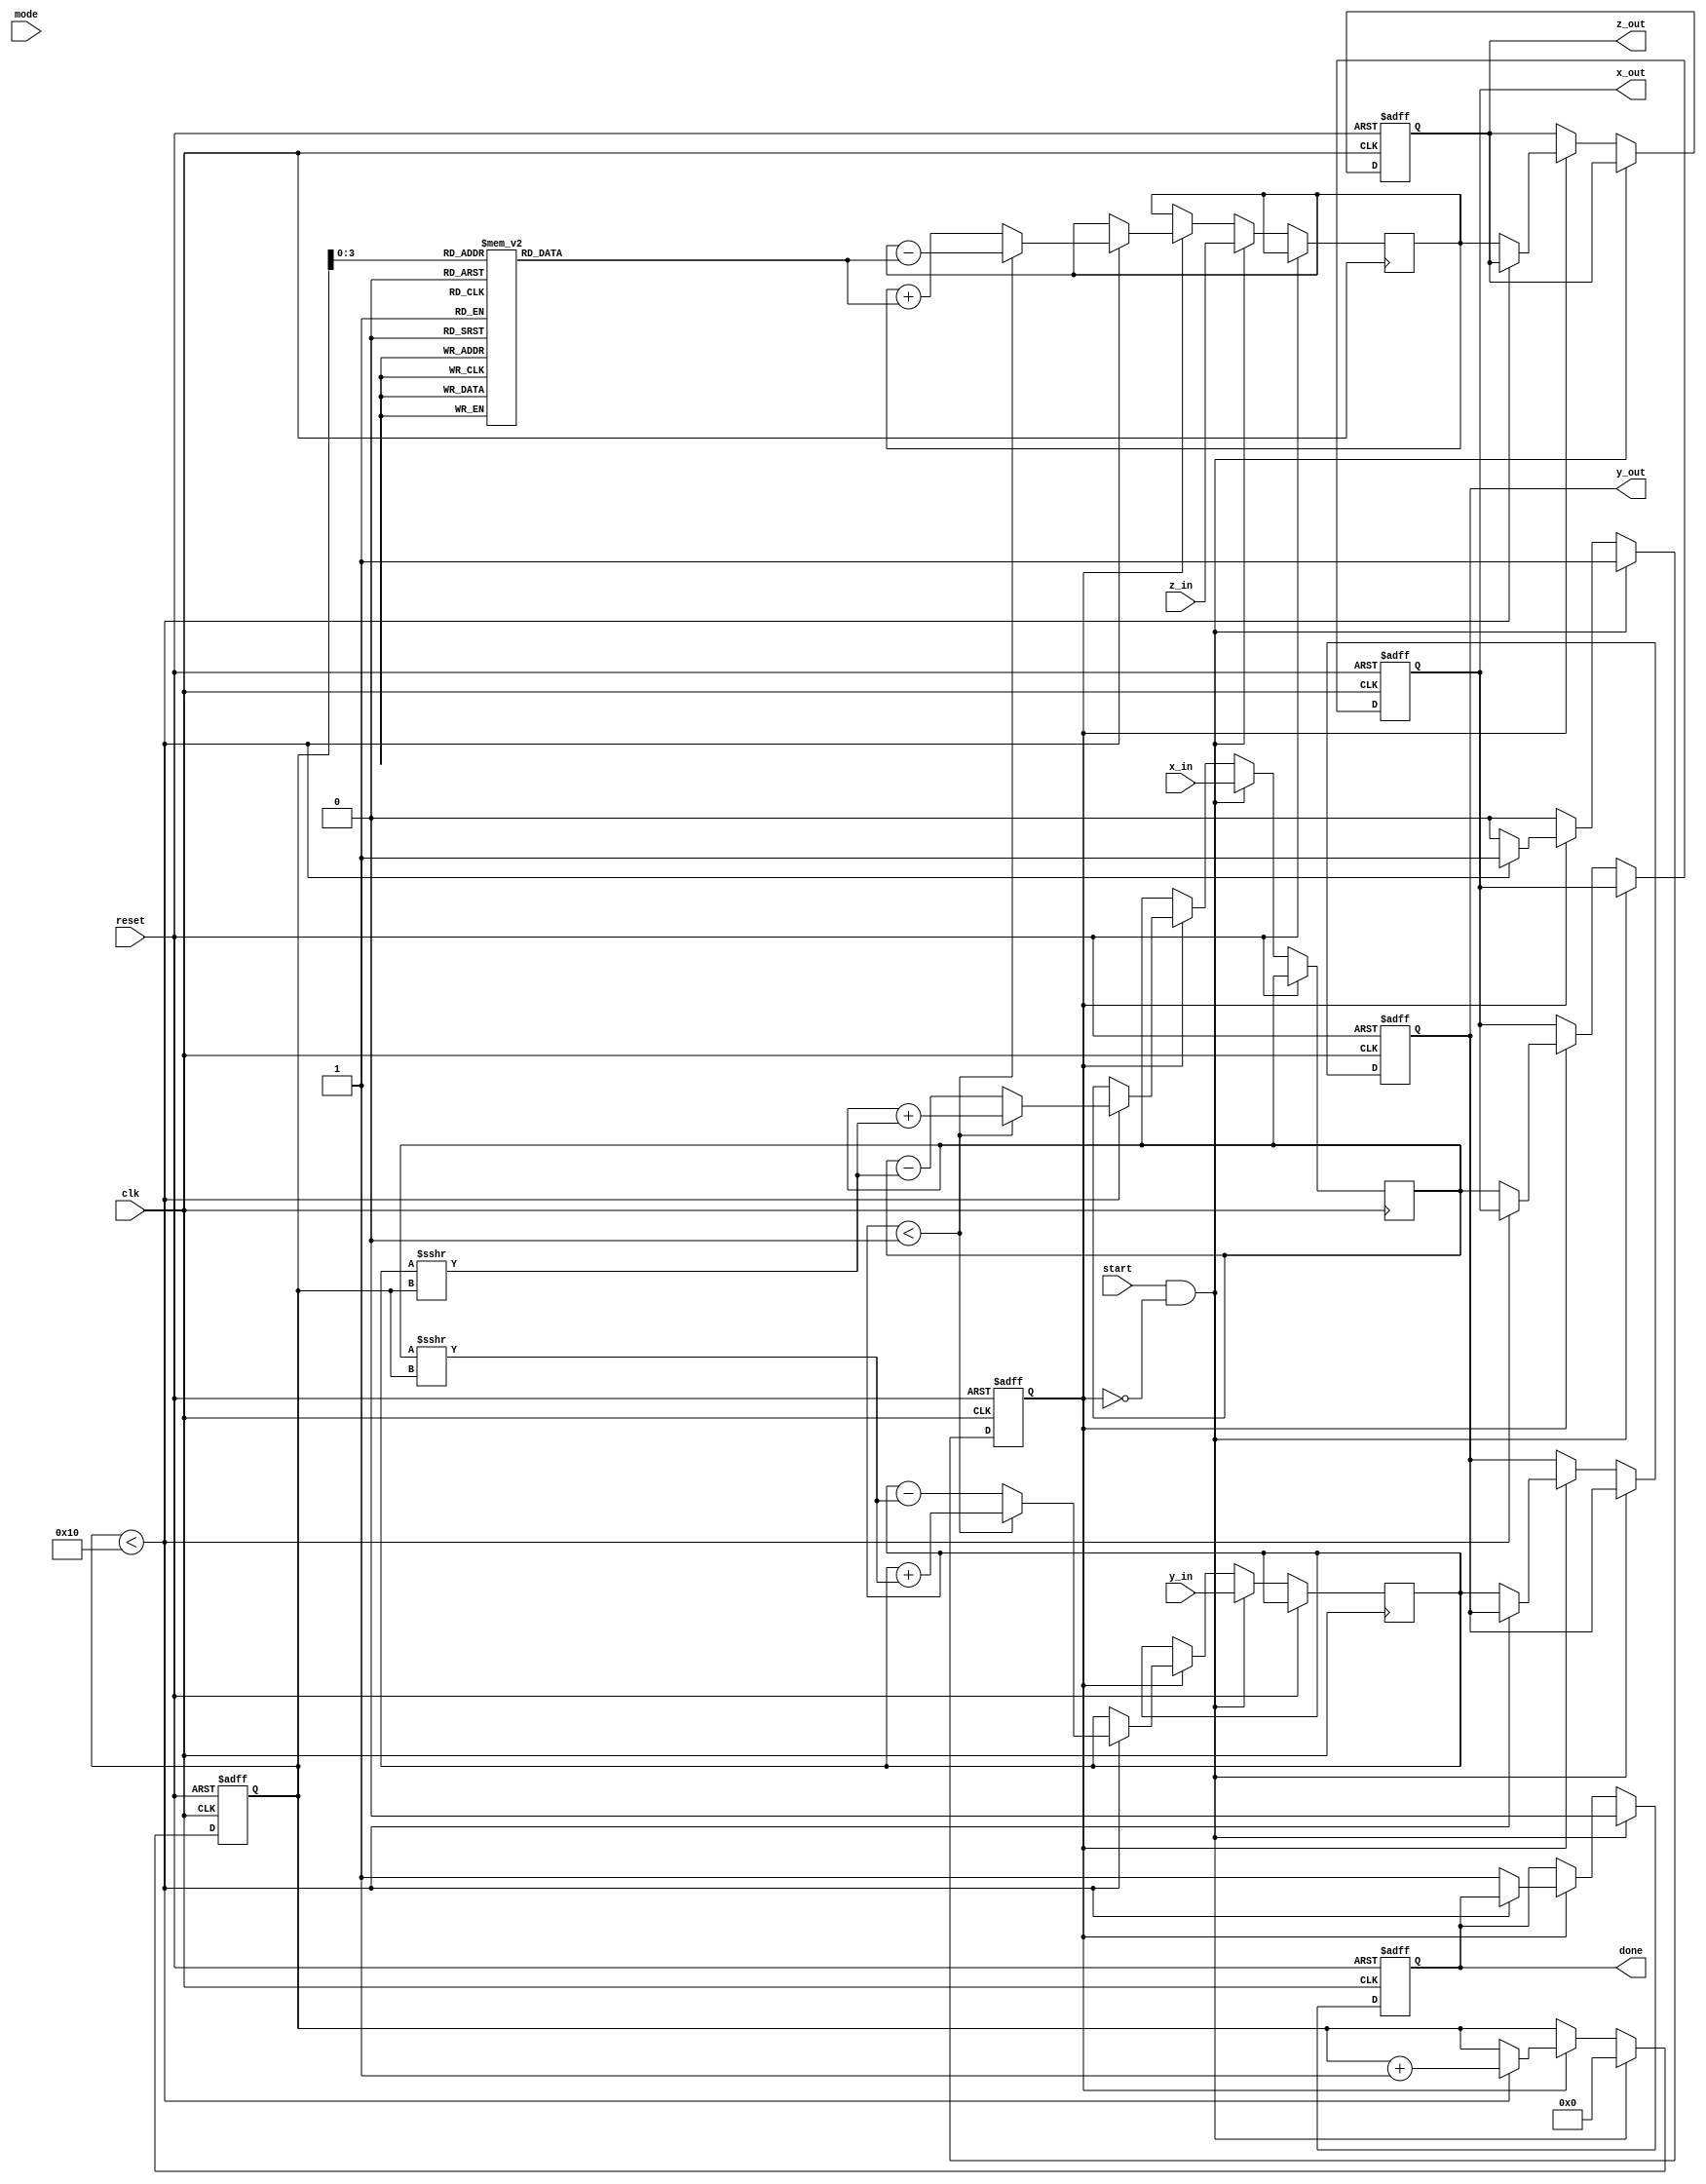
module cordic #(
    parameter DATA_WIDTH = 16,
    parameter ITERATIONS = 16
)(
    input wire clk,
    input wire reset,
    input wire start,
    input wire mode, // 0 for rotation, 1 for vectoring
    input wire signed [DATA_WIDTH-1:0] x_in,
    input wire signed [DATA_WIDTH-1:0] y_in,
    input wire signed [DATA_WIDTH-1:0] z_in, // Angle for rotation mode
    output reg signed [DATA_WIDTH-1:0] x_out,
    output reg signed [DATA_WIDTH-1:0] y_out,
    output reg signed [DATA_WIDTH-1:0] z_out,
    output reg done
);

    // CORDIC LUT for arctangent values
    reg signed [DATA_WIDTH-1:0] atan_table [0:ITERATIONS-1];
    initial begin
        // Precomputed arctangent values (in fixed-point format)
        atan_table[0] = 16'h26DD; // atan(2^-0)
        atan_table[1] = 16'h1C71; // atan(2^-1)
        atan_table[2] = 16'h14D5; // atan(2^-2)
        atan_table[3] = 16'h0D8A; // atan(2^-3)
        // ... Fill in the rest of the table
    end

    // Internal registers
    reg signed [DATA_WIDTH-1:0] x_reg, y_reg, z_reg;
    reg [4:0] iteration;
    reg processing;

    // Control logic
    always @(posedge clk or posedge reset) begin
        if (reset) begin
            x_out <= 0;
            y_out <= 0;
            z_out <= 0;
            done <= 0;
            processing <= 0;
            iteration <= 0;
        end else if (start && !processing) begin
            // Initialize registers
            x_reg <= x_in;
            y_reg <= y_in;
            z_reg <= z_in;
            iteration <= 0;
            processing <= 1;
            done <= 0;
        end else if (processing) begin
            if (iteration < ITERATIONS) begin
                // CORDIC processing
                if (mode == 0) begin // Rotation mode
                    if (y_reg < 0) begin
                        x_reg <= x_reg + (y_reg >>> iteration);
                        y_reg <= y_reg + (x_reg >>> iteration);
                        z_reg <= z_reg - atan_table[iteration];
                    end else begin
                        x_reg <= x_reg - (y_reg >>> iteration);
                        y_reg <= y_reg - (x_reg >>> iteration);
                        z_reg <= z_reg + atan_table[iteration];
                    end
                end else begin // Vectoring mode
                    if (y_reg < 0) begin
                        x_reg <= x_reg + (y_reg >>> iteration);
                        y_reg <= y_reg + (x_reg >>> iteration);
                        z_reg <= z_reg - atan_table[iteration];
                    end else begin
                        x_reg <= x_reg - (y_reg >>> iteration);
                        y_reg <= y_reg - (x_reg >>> iteration);
                        z_reg <= z_reg + atan_table[iteration];
                    end
                end
                iteration <= iteration + 1;
            end else begin
                // Finished processing
                x_out <= x_reg;
                y_out <= y_reg;
                z_out <= z_reg;
                done <= 1;
                processing <= 0;
            end
        end
    end

endmodule